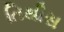
તિથીસ